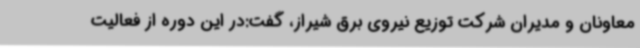
معاونان و مدیران شرکت توزیع نیروی برق شیراز، گفت:در این دوره از فعالیت